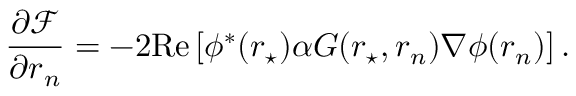
\frac { \partial \mathcal { F } } { \partial \boldsymbol { r } _ { n } } = - 2 \mathrm { R e } \left[ \phi ^ { * } ( \boldsymbol { r } _ { \star } ) \alpha G ( \boldsymbol { r } _ { \star } , \boldsymbol { r } _ { n } ) \nabla \phi ( \boldsymbol { r } _ { n } ) \right] .